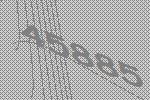
45885